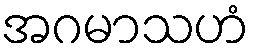
အဂမာသဟံ